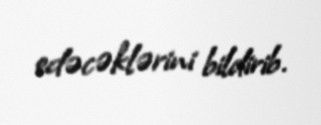
edəcəklərini bildirib.